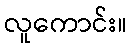
လူကောင်း။